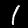
Label: 1